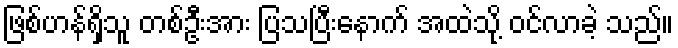
ဖြစ်ဟန်ရှိသူ တစ်ဦးအား ပြသပြီးနောက် အထဲသို့ ဝင်လာခဲ့ သည်။